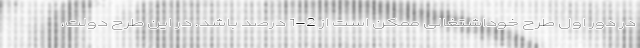
در دور اول طرح خوداشتغالی ممکن است از 2-1 درصد باشد. در این طرح دولت،